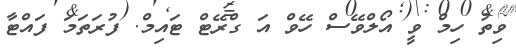
ވިތު ހިމް ވީ އޯލްވޭސް ހޭވް އަ ގްރޭޓް ޓައިމް. ފުރަތަމަ ފައްޓާ